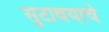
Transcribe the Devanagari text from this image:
सुटावयाचे